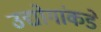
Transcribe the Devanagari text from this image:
उद्योगांकडे